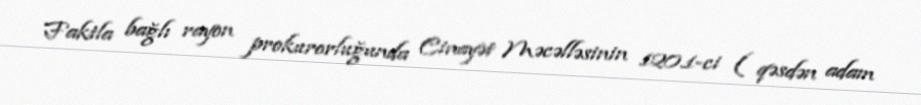
Faktla bağlı rayon prokurorluğunda Cinayət Məcəlləsinin 120.1-ci ( qəsdən adam